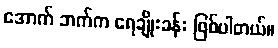
အောက် ဘက်က ရေချိုးခန်း ဖြစ်ပါတယ်။